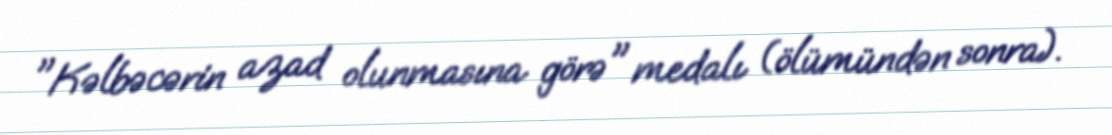
"Kəlbəcərin azad olunmasına görə" medalı (ölümündən sonra).